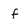
Character: f